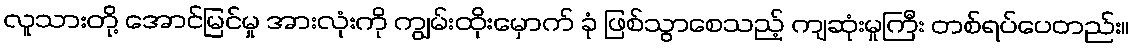
လူသားတို့ အောင်မြင်မှု အားလုံးကို ကျွမ်းထိုးမှောက် ခုံ ဖြစ်သွာစေသည့် ကျဆုံးမှုကြီး တစ်ရပ်ပေတည်း။